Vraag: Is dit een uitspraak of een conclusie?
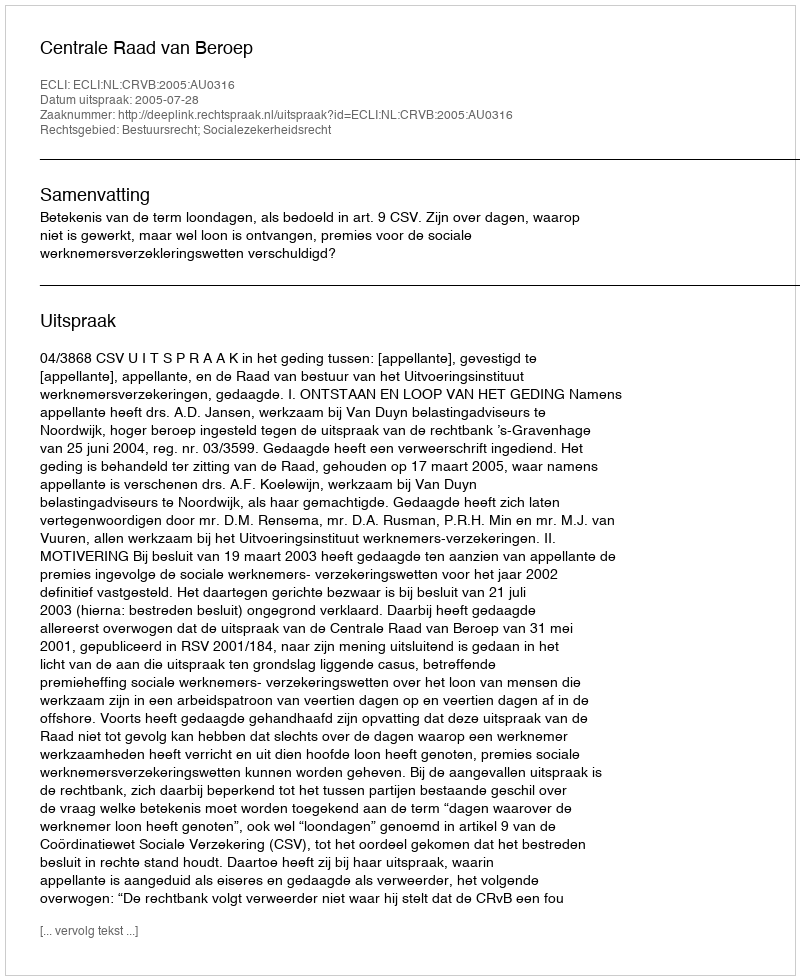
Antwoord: Uitspraak